Lunatic asylums Central Provinces reports 1886-1894 - 1886-1894
Year: 1886
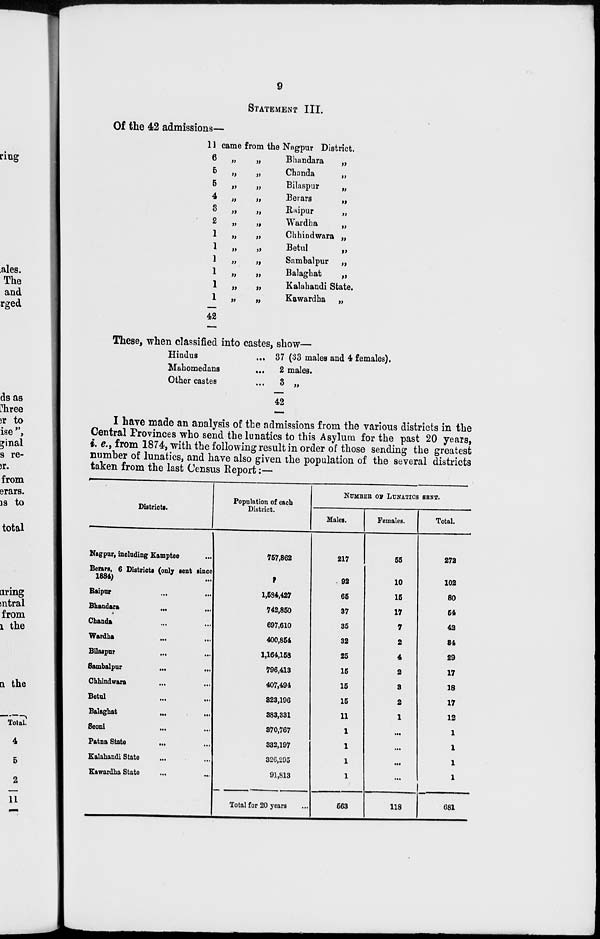
9
STATEMENT III.
Of the 42 admissions—
11 came from the
6
„
„
5 „ „
5 „ „
4
„
„
3
„
„
2
„
„
1 „ „
1 „ „
1 „ „
1 „ „
1 „ „
1 „ „
42
Nagpur District.
Bhandara
„
Chanda
„
Bilaspur
„
Berars
„
Raipur
„
Wardha
„
Chhindwara „
Betul
„
Sambalpur
„
Balaghat
„
Kalahandi State.
Kawardha
„
These, when classified into castes, show—
Hindus
...
Mahomedans
...
Other castes
37 (33 males and 4 females).
2 males.
3 „
42
I have made an analysis of the admissions from the various districts in the
Central Provinces who send the lunatics to this Asylum for the past 20 years,
i. e., from 1874, with the following result in order of those sending the greatest
number of lunatics, and have also given the population of the several districts
taken from the last Census Report:—
Districts.
Nagpur, including Kamptee ...
Berars, 6 Districts (only sent since
1884) ...
Raipur ... ...
Bhandara ... ...
Chanda ... ...
Wardha ... ...
Bilaspur ... ...
Sambalpur
... ...
Chhindwara ... ...
Betul ... ...
Balaghat ... ...
Seoni
...
...
Patna State
... ...
Kalahandi State ... ...
Kawardha State ... ...
Population of each
District.
757,862
1,584,427
742,850
697,610
400,854
1,164,158
796,413
407,494
823,196
383,331
370,767
332,197
326,295
91,813
Total for 20 years ...
NUMBER OF LUNATICS SENT.
Males.
217
92
65
37
35
32
25
15
15
15
11
1
1
1
1
563
Females.
55
10
15
17
7
2
4
2
8
2
1
...
...
...
...
118
Total.
272
102
80
54
42
84
29
17
18
17
12
1
1
1
1
681